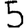
Digit: 5